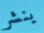
ينشر